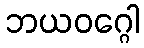
ဘယဝဂ္ဂေါ